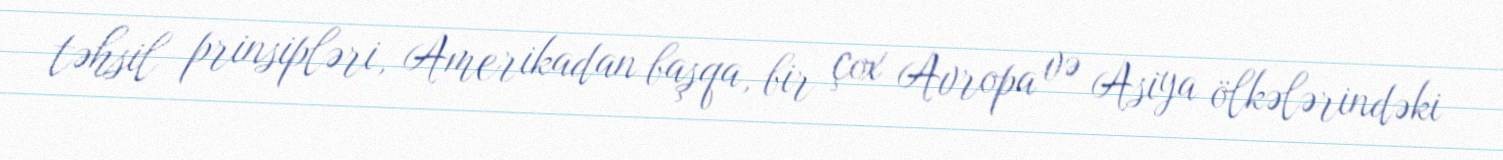
təhsil prinsipləri, Amerikadan başqa, bir çox Avropa və Asiya ölkələrindəki